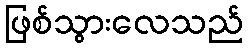
ဖြစ်သွားလေသည်